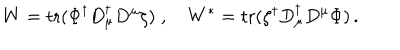
W = \mathrm { t r } ( \Phi ^ { \dagger } D _ { \mu } ^ { \dagger } D ^ { \mu } \zeta ) \; , \quad W ^ { \ast } = \mathrm { t r } ( \zeta ^ { \dagger } D _ { \mu } ^ { \dagger } D ^ { \mu } \Phi ) \, .